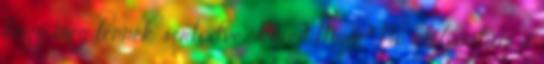
hogy meg lennék sértődve. Kire? Mire? No, elolvastam a